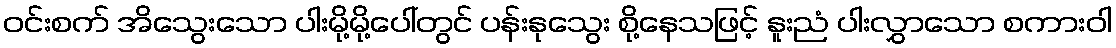
ဝင်းစက် အိသွေးသော ပါးမို့မို့ပေါ်တွင် ပန်းနုသွေး စို့နေသဖြင့် နူးညံ ပါးလွှာသော စကားဝါ